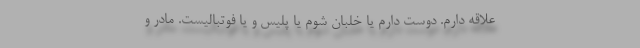
علاقه دارم. دوست دارم یا خلبان شوم یا پلیس و یا فوتبالیست. مادر و